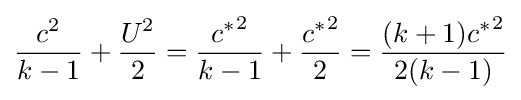
{\frac {c^{2}}{k-1}}+{\frac {U^{2}}{2}}={\frac {{c^{*}}^{2}}{k-1}}+{\frac {{c^{*}}^{2}}{2}}={\frac {(k+1){c^{*}}^{2}}{2(k-1)}}